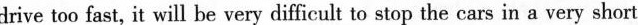
drive too fast, it will be very difficult to stop the cars in a very short